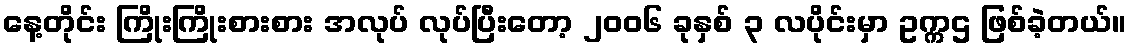
နေ့တိုင်း ကြိုးကြိုးစားစား အလုပ် လုပ်ပြီးတော့ ၂၀၀၆ ခုနှစ် ၃ လပိုင်းမှာ ဥက္ကဌ ဖြစ်ခဲ့တယ်။